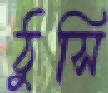
ঠুসি